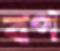
বপ